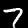
Digit: 7